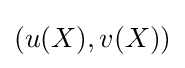
{\textstyle (u(X),v(X))}